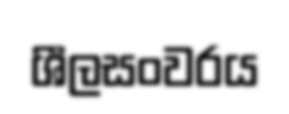
ශීලසංවරය